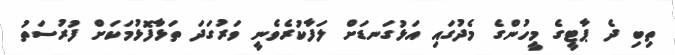
ތިބި ދެ ޕާޓީގެ މީހުންގެ މެދުގައި އަޅުގަނޑަށް ލަފާކުރެވެނީ ވަރުގަދަ ތަޅާފޮޅުމަކަށް ފުރުސަތު